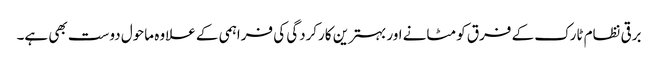
برقی نظام ٹارک کے فرق کو مٹانے اور بہترین کارکردگی کی فراہمی کے علاوہ ماحول دوست بھی ہے۔